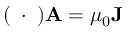
( \mathbf { \partial } \cdot \mathbf { \partial } ) \mathbf { A } = \mu _ { 0 } \mathbf { J }